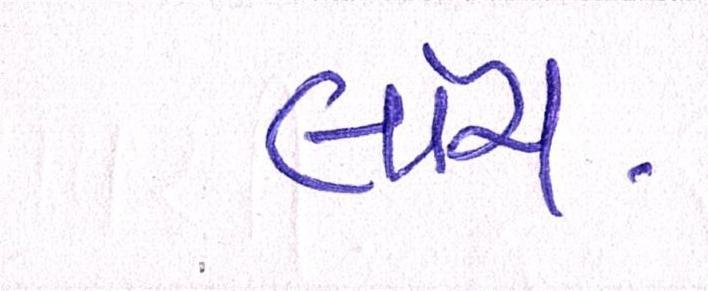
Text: લાંચ